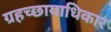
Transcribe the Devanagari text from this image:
ग्रहच्छायाधिकार